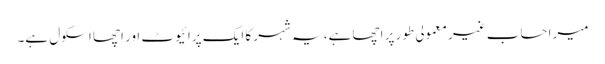
میرا حساب غیر معمولی طور پر اچھا ہے، یہ شہر کا ایک پرائیوٹ اور اچھا اسکول ہے۔